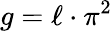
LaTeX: g={\ell\cdot\pi^{2}}